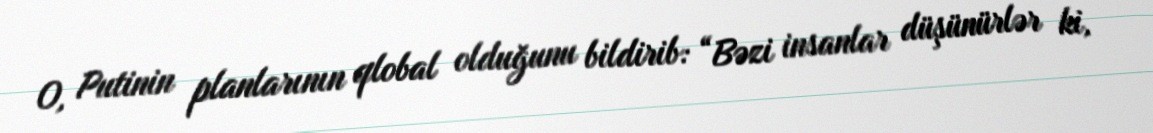
O, Putinin planlarının qlobal olduğunu bildirib: “Bəzi insanlar düşünürlər ki,